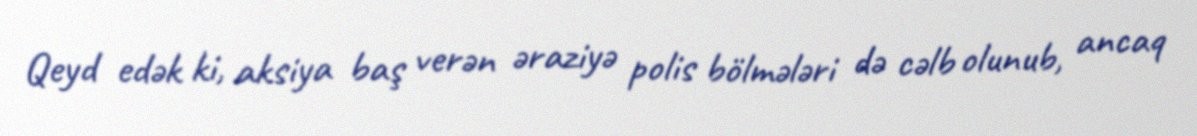
Qeyd edək ki, aksiya baş verən əraziyə polis bölmələri də cəlb olunub, ancaq